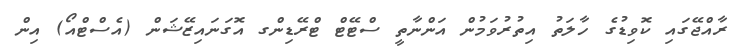
ރާއްޖޭގައި ކޮވިޑުގެ ހާލަތު އިތުރުވަމުން އަންނާތީ ސްޓޭޓް ޓްރޭޑިންގ އޮގަނައިޒޭޝަން (އެސްޓްއޯ) އިން